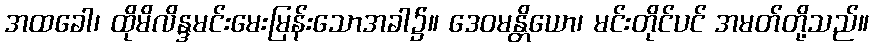
အထခေါ၊ ထိုမိလိန္ဒမင်းမေးမြန်းသောအခါ၌။ ဒေဝမန္တိယော၊ မင်းတိုင်ပင် အမတ်တို့သည်။